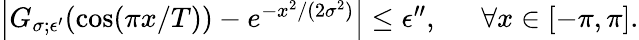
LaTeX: \begin{array}{rl}{\left|G_{\sigma;\epsilon^{\prime}}(\cos(\pi x/T))-e^{-x^{2}/(2\sigma^{2})}\right|\le\epsilon^{\prime\prime},~}&{{}~\forall x\in[-\pi,\pi].}\end{array}